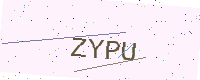
Text: ZYPU